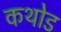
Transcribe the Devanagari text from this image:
कथोड